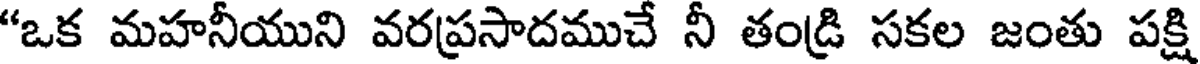
"ఒక మహనీయుని వరప్రసాదముచే నీ తండ్రి సకల జంతు పక్షి